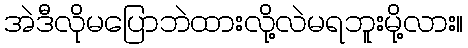
အဲဒီလိုမပြောဘဲထားလို့လဲမရဘူးမို့လား။